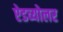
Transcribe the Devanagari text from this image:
ऐडव्योलर